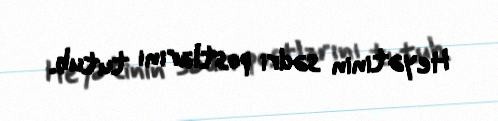
Heyətinin sədri postlarını tutub.